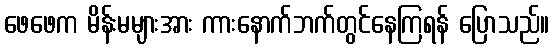
ဖေဖေက မိန်းမများအား ကားနောက်ဘက်တွင်နေကြရန် ပြောသည်။